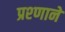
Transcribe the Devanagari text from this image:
प्रश्णाने